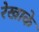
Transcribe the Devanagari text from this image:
रेखाके